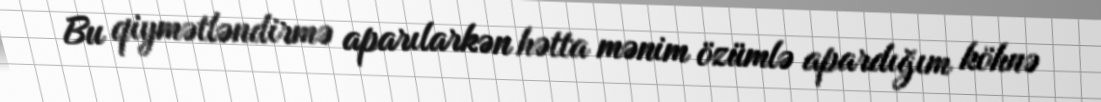
Bu qiymətləndirmə aparılarkən hətta mənim özümlə apardığım köhnə